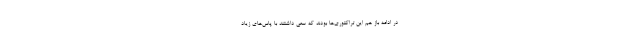
در ادامه باز هم این تراکتوری‌ها بودند که سعی داشتند با پاس‌های زیاد